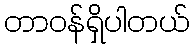
တာဝန်ရှိပါတယ်